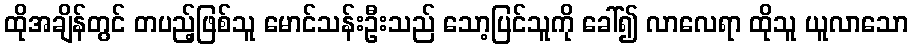
ထိုအချိန်တွင် တပည့်ဖြစ်သူ မောင်သန်းဦးသည် သော့ပြင်သူကို ခေါ်၍ လာလေရာ ထိုသူ ယူလာသော